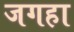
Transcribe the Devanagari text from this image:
जगहा